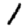
Digit: 1